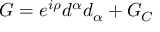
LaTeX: G = e ^ { i \rho } d ^ { \alpha } d _ { \alpha } + G _ { C }